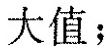
大值；